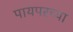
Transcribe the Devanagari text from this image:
पायपरच्या